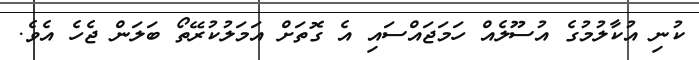
ކުނި އުކާލުމުގެ އުސޫލެއް ހަމަޖައްސައި އެ ގޮތަށް އަމަލުކުރޭތޯ ބަލަން ޖެހެ އެވެ.